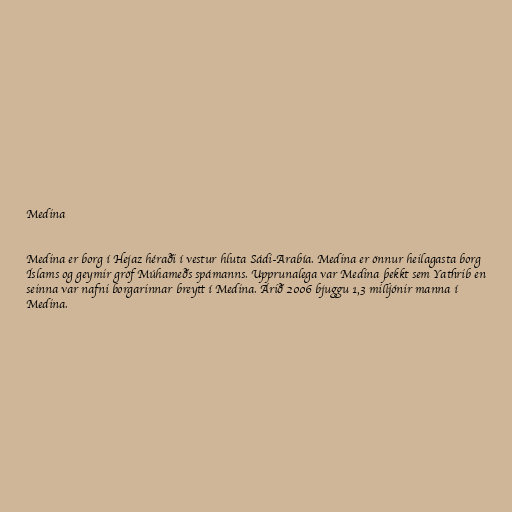
Medina

Medina er borg í Hejaz héraði í vestur hluta Sádi-Arabía. Medina er önnur heilagasta borg
Íslams og geymir gröf Múhameðs spámanns. Upprunalega var Medina þekkt sem Yathrib en
seinna var nafni borgarinnar breytt í Medina. Árið 2006 bjuggu 1,3 milljónir manna í
Medina.